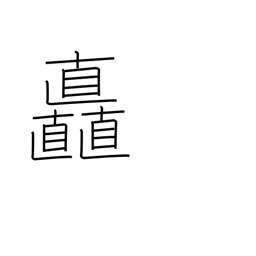
Meaning: luxuriance